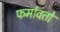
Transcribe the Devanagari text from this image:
फर्मावतो